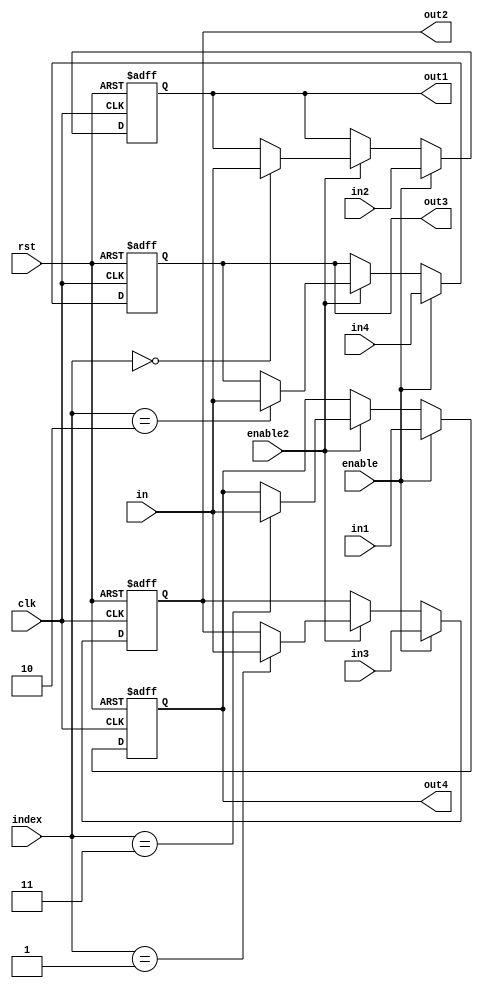
module column_reg_file (
    output   reg    [7:0]   out1, out2, out3, out4,
    input    wire   [7:0]   in, in1, in2, in3, in4,
    input    wire           enable, enable2,
    input    wire   [1:0]   index,
    input    wire           clk,
    input    wire           rst
);

integer  i;

localparam COLUMN1 = 2'b00,
           COLUMN2 = 2'b01,
           COLUMN3 = 2'b10,
           COLUMN4 = 2'b11;

reg   [7:0]    RAM    [0:3];

always @(posedge clk or negedge rst)
    begin
        if(!rst)
            begin
                for (i = 0; i < 4; i = i + 1)
                    RAM[i] <= 8'b0;
            end
        else if(enable)
            begin
                RAM[0] <= in2;
                RAM[1] <= in3;
                RAM[2] <= in4;
                RAM[3] <= in1;
            end
        else if (enable2)
            begin
                RAM[index] <= in;
            end
    end

always @(*)
        begin
            out1 = RAM[0];
            out2 = RAM[1];
            out3 = RAM[2];
            out4 = RAM[3];
        end

endmodule